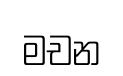
මචන